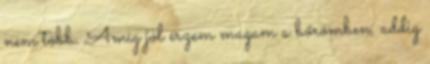
nem több. Amíg jól érzem magam a bőrömben, addig